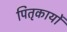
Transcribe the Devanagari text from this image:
पितृकार्यों